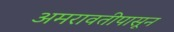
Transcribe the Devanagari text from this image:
अमरावतीपासून